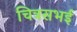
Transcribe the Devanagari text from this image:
चित्रसभई